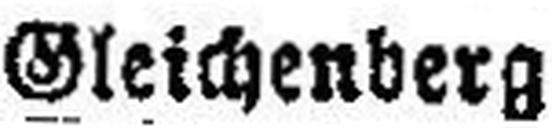
Gleichenberg